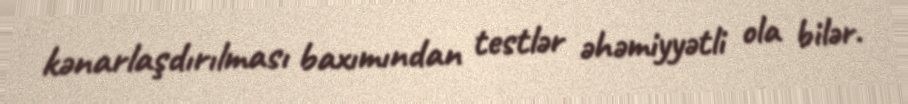
kənarlaşdırılması baxımından testlər əhəmiyyətli ola bilər.